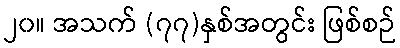
၂၀။ အသက် (၇၇)နှစ်အတွင်း ဖြစ်စဉ်